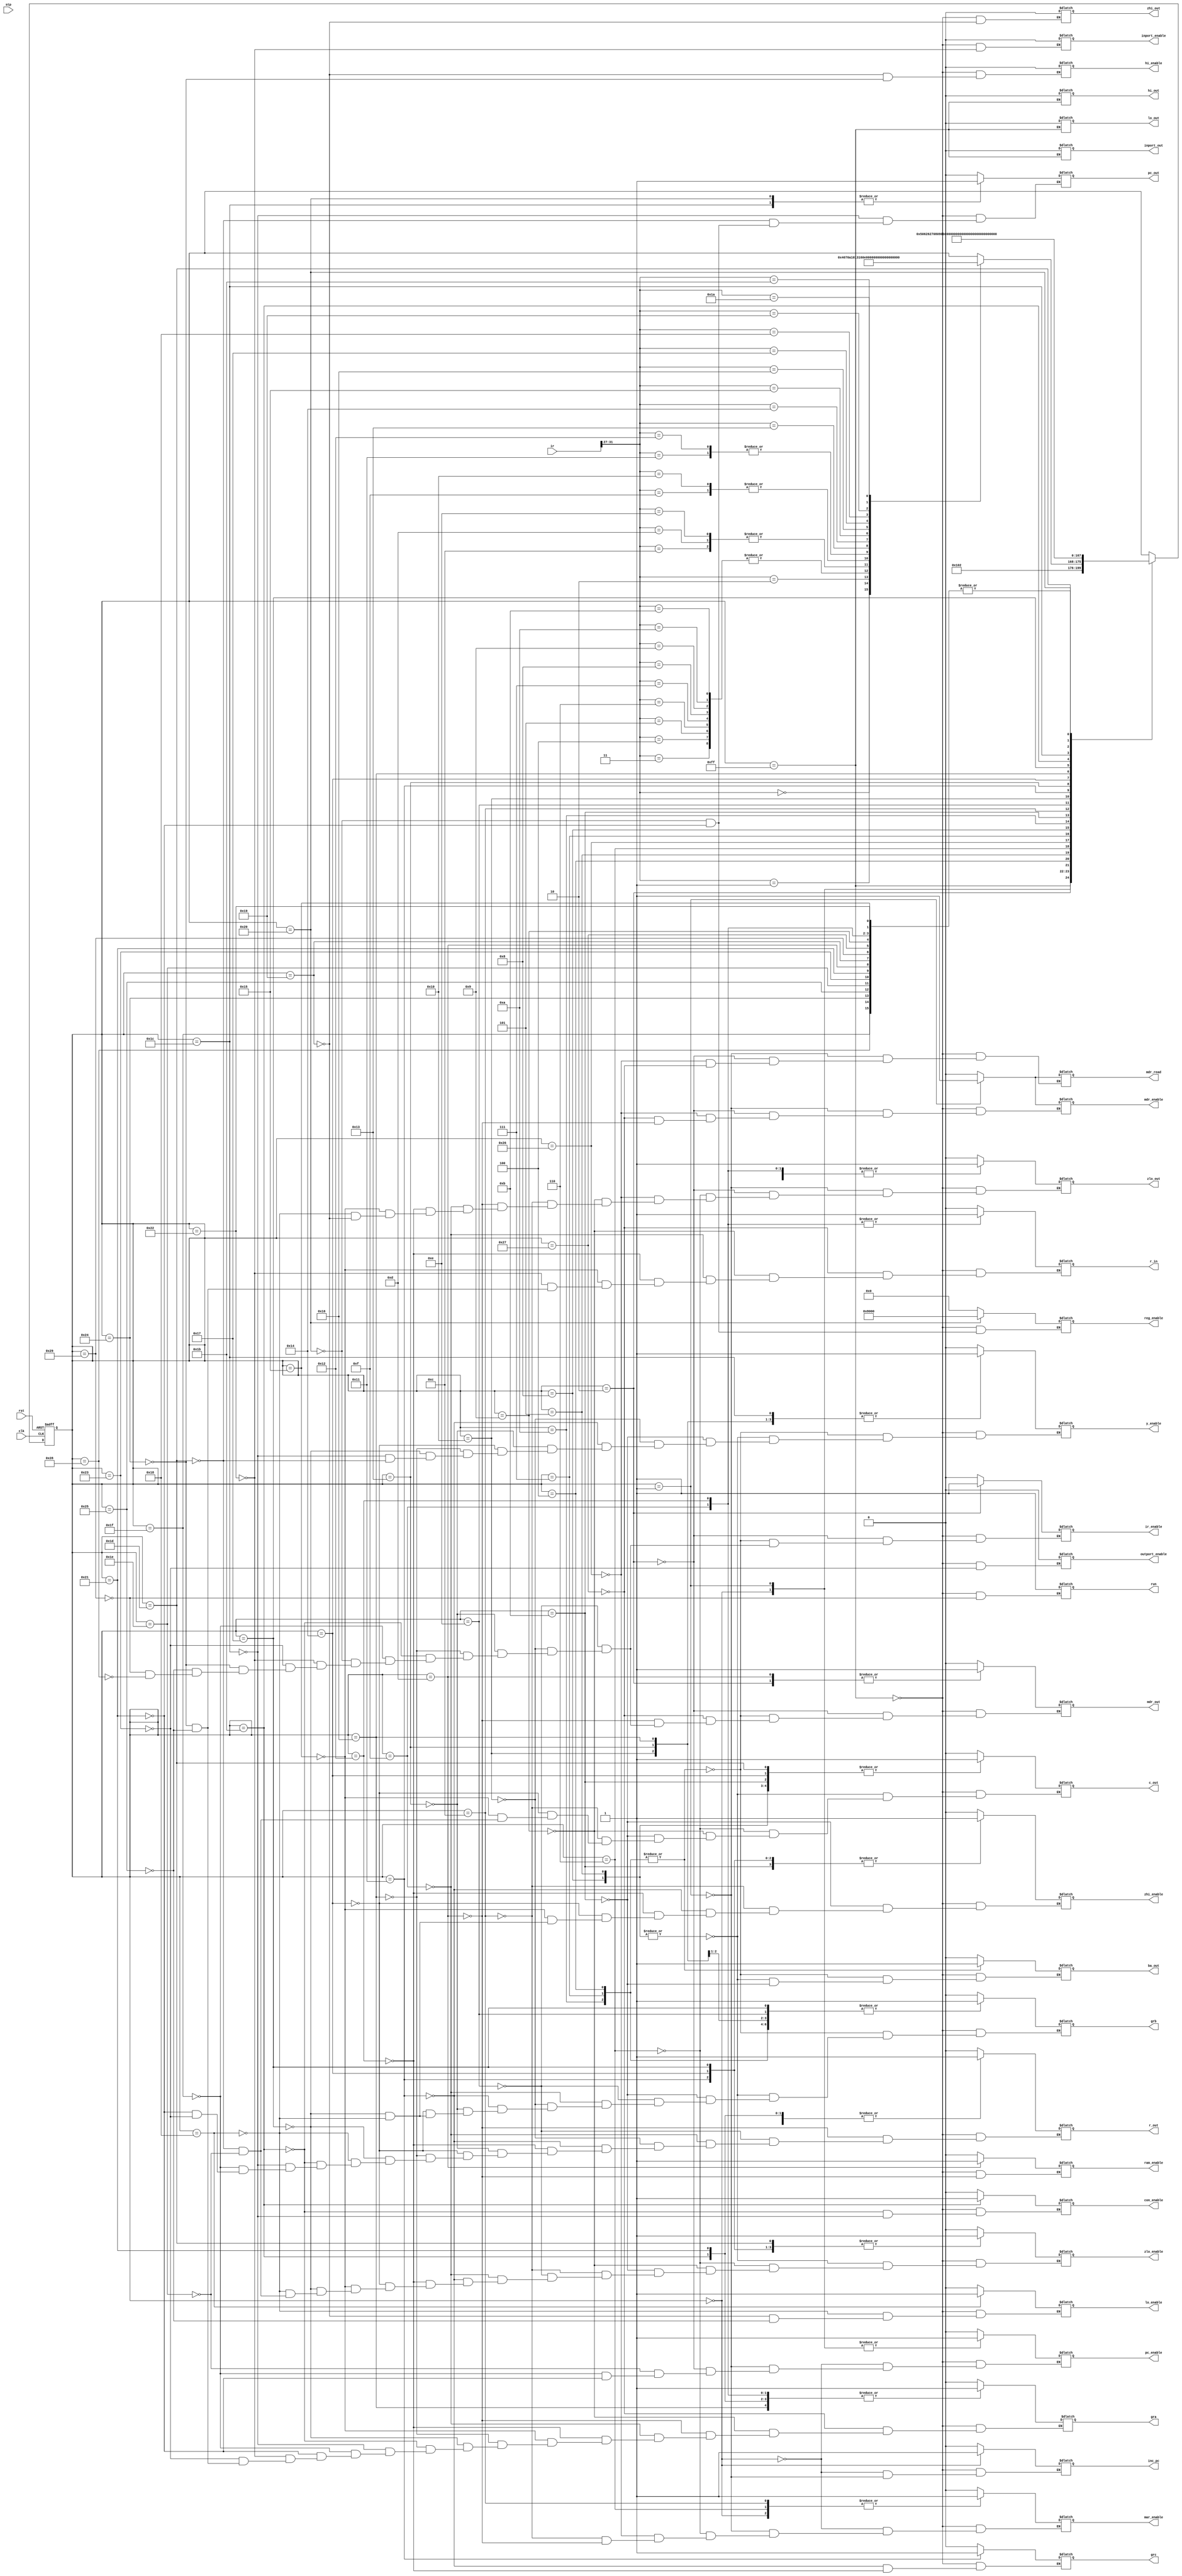
`timescale 1ns/10ps
module control_unit(output reg gra, grb, grc, r_in, r_out, y_enable, pc_enable,
							   mar_enable, mdr_enable, mdr_out, ir_enable, mdr_read,
							   hi_enable, lo_enable, zhi_enable, zlo_enable, inc_pc, con_enable,
							   ram_enable, inport_enable, outport_enable, inport_out, pc_out,
							   zlo_out, zhi_out, lo_out, hi_out, ba_out, c_out, run,
					output reg [15:0] reg_enable,
					input [31:0] ir,
					input clk, rst, stp);
					
	parameter r_s = 8'd255,
			  T0 = 8'd0, T1 = 8'd1, T2 = 8'd2, T3 = 8'd3,
			  load_T0 = 8'd4, load_T1 = 8'd5, load_T2 = 8'd6,  load_T3 = 8'd38,  load_T4 = 8'd39,
			  loadi_T0 = 8'd7, loadi_T1 = 8'd8, loadi_T2 = 8'd9, 
			  store_T0 = 8'd10, store_T1 = 8'd11, store_T2 = 8'd12, store_T3 = 8'd13, 
			  alu2_T0 = 8'd14, alu2_T1 = 8'd15, alu3_T0 = 8'd16, alu3_T1 = 8'd17, alu3_T2 = 8'd18,
			  imm_T0 = 8'd19, imm_T1 = 8'd20, imm_T2 = 8'd21,
			  md_T0 = 8'd22, md_T1 = 8'd23, md_T2 = 8'd24, md_T3 = 8'd25, //md_T4 = 8'd26,
			  branch_T0 = 8'd27, branch_T1 = 8'd28, branch_T2 = 8'd29, branch_T3 = 8'd30,
			  jump_T0 = 8'd31, jal_T0 = 8'd32, jal_T1 = 8'd33, in_T0 = 8'd34, out_T0 = 8'd35,
			  mfhi_T0 = 8'd36, mflo_T0 = 8'd37, nop_T0 = 32'd40, halt_T0 = 32'd41;
			  
	

	reg [7:0] state = r_s;
	always@(posedge clk, posedge rst)
	begin
		if (rst)
			state = r_s;
		else 
		begin
			case(state)
				r_s 	: #40 state = T0;
				T0 		: #40 state = T1;
				T1 		: #40 state = T2;
				T2		: begin
							case(ir[31:27])
							
								//Simulating ALU Control Sequence
								5'b00000 : #40 state = load_T0; 	//LOAD
								5'b00001 : #40 state = loadi_T0; 	//LOAD IMMEDIATE
								5'b00010 : #40 state = store_T0; 	//STORE
								5'b00011 : #40 state = alu3_T0;		//ADD
								5'b00100 : #40 state = alu3_T0;		//SUB
								5'b00101 : #40 state = alu3_T0;		//AND
								5'b00110 : #40 state = alu3_T0;		//OR
								5'b00111 : #40 state = alu3_T0;		//SHIFT RIGHT
								5'b01000 : #40 state = alu3_T0;		//SHIFT RIGHT ARITHMETIC
								5'b01001 : #40 state = alu3_T0;		//SHIFT LEFT
								5'b01010 : #40 state = alu3_T0;		//ROTATE RIGHT
								5'b01011 : #40 state = alu3_T0;		//ROTATE LEFT
								5'b01100 : #40 state = imm_T0;		//ADD IMMEDIATE
								5'b01101 : #40 state = imm_T0;		//AND IMMEDIATE
								5'b01110 : #40 state = imm_T0;		//OR IMMEDIATE
								5'b01111 : #40 state = md_T0;		//MULTIPLY
								5'b10000 : #40 state = md_T0;		//DIVIDE
								5'b10001 : #40 state = alu2_T0;		//NEGATE
								5'b10010 : #40 state = alu2_T0;		//NOT
								5'b10011 : #40 state = branch_T0;	//BRANCH
								5'b10100 : #40 state = jump_T0;		//JUMP
								5'b10101 : #40 state = jal_T0;		//JUMP AND LINK
								5'b10110 : #40 state = in_T0;		//INPORT
								5'b10111 : #40 state = out_T0;		//OUTPORT
								5'b11000 : #40 state = mfhi_T0;		//MOVE HIGH
								5'b11001 : #40 state = mflo_T0;		//MOVE LOW
								5'b11010 : #40 state = nop_T0;		//NO OPERATION
								5'b11011 : #40 state = halt_T0;		//HALT
							endcase
						end
		
				//Creating Testbench Control Simulations
				load_T0		: #40 state = load_T1;
				load_T1		: #40 state = load_T2;
				load_T2		: #40 state = load_T3;
				load_T3		: #40 state = load_T4;
				load_T4		: #40 state = r_s;
				
				loadi_T0	: #40 state = loadi_T1;
				loadi_T1	: #40 state = loadi_T2;
				loadi_T2	: #40 state = r_s;
				
				store_T0	: #40 state = store_T1;
				store_T1	: #40 state = store_T2;
				store_T2	: #40 state = store_T3;
				store_T3	: #40 state = r_s;
				
				alu2_T0		: #40 state = alu2_T1;	//Same instruction set for all 2 register operations
				alu2_T1		: #40 state = r_s;
				
				alu3_T0		: #40 state = alu3_T1;	//Same instruction set for all 3 register operations
				alu3_T1		: #40 state = alu3_T2;
				alu3_T2		: #40 state = r_s;
				
				imm_T0		: #40 state = imm_T1;	//Same instruction set for all immediate operations
				imm_T1		: #40 state = imm_T2;
				imm_T2		: #40 state = r_s;
				
				md_T0		: #40 state = md_T1;
				md_T1		: #40 state = md_T2;
				md_T3		: #40 state = r_s;
				
				branch_T0 	: #40 state = branch_T1;
				branch_T1	: #40 state = branch_T2;
				branch_T2	: #40 state = branch_T3;
				branch_T3	: #40 state = r_s;
				
				
				jump_T0		: #40 state = r_s;
				
				jal_T0		: #40 state = jal_T1;
				jal_T1		: #40 state = r_s;
				
				in_T0		: #40 state = r_s;
				
				out_T0		: #40 state = r_s;
				
				mfhi_T0		: #40 state = r_s;
				
				mflo_T0		: #40 state = r_s;
				
				halt_T0		: #40 state = r_s;
				
				nop_T0		: #40 state = r_s;
				
			endcase
		end
	end

	always@(state)
	begin
		case(state)
			
			//Creating Common Testbench Control Signals
			r_s			: begin
							run <= 1; reg_enable <= 0;
							pc_out <= 0; zlo_out <= 0; mdr_out <= 0; mar_enable <= 0; zhi_enable <= 0;
							zlo_enable <= 0; con_enable <= 0; inport_enable <= 0; outport_enable <= 0;
							pc_enable <= 0; mdr_enable <= 0; ir_enable <= 0; y_enable <= 0; inc_pc <= 0;
							ram_enable <= 0; gra <= 0; grb <= 0; grc <= 0; ba_out <= 0; c_out <= 0;
							inport_out <= 0; zhi_out <= 0; lo_out <= 0; hi_out <= 0; hi_enable <= 0;
							lo_enable <= 0; r_out <= 0; r_in <= 0; mdr_read <= 0;
						end
					
			T0			: begin
							pc_enable <= 1; mar_enable <= 1; inc_pc <= 1;
						end
					
			T1			: begin
							pc_enable <= 0; mar_enable <= 0; inc_pc <= 0;
							zlo_out <= 1; pc_enable <= 1; mdr_read <= 1; mdr_enable <= 1;
						end	
					
			T2			: begin
							zlo_out <= 0; pc_enable <= 0; mdr_read <= 0; mdr_enable <= 0;
							mdr_out <= 1; ir_enable <= 1;
						end	
			
			//Creating Specific Testbench Control Signals
			load_T0,
			loadi_T0,
			store_T0	: begin
							mdr_out <= 0; ir_enable <= 0;
							grb <= 1; ba_out <= 1; y_enable <= 1;
						end	
			load_T1,
			loadi_T1	: begin
							grb <= 0; ba_out <= 0; y_enable <= 0;
							c_out <= 1; zlo_enable <= 1;
						end	
			load_T2		: begin
							c_out <= 0; zlo_enable <= 0;
							zlo_out <= 1; mar_enable <= 1;
						end	
			load_T3		: begin
							zlo_out <= 0; mar_enable <= 0;
							mdr_read <= 1; mdr_enable <= 1;
							#40 mdr_read <= 0; mdr_enable <= 0;
						end	
			load_T4		: begin
							mdr_read <= 0; mdr_enable <= 0;
							mdr_out <= 1; gra <= 1; r_in <= 1;
							#40 mdr_out <= 0; gra <= 0; r_in <= 0;
						end	
			loadi_T2	: begin
							c_out <= 0; zlo_enable <= 0;
							zlo_out <= 1; gra <= 1; r_in = 1;
							#40 zlo_out <= 0; gra <= 0; r_in = 0;
						end
			store_T1	: begin
							grb <= 0; ba_out <= 0; y_enable <= 0;
							c_out <= 1; zhi_enable <= 1; zlo_enable <= 1;
						end
			store_T2	: begin
							c_out <= 0; zhi_enable <= 0; zlo_enable <= 0;
							zlo_out <= 1; mar_enable <= 1;
						end
			store_T3	: begin
							zlo_out <= 0; mar_enable <= 0;
							gra <= 1; r_out <= 1; mdr_enable <= 1;
							#40 gra <= 0; r_out <= 0; mdr_enable <= 0;
							mdr_out <= 1; ram_enable <= 1;
						end
			alu2_T0		: begin
							mdr_out <= 0; ir_enable <= 0;
							grb <= 1; r_out <= 1; zlo_enable <= 1;
						end
			alu2_T1		: begin
							grb <= 0; r_out <= 0; zlo_enable <= 0;
							zlo_out <= 1; gra <= 1; r_in <= 1;
						end
			alu3_T0		: begin
							mdr_out <= 0; ir_enable <= 0;
							grb <= 1; r_out <= 1; y_enable <= 1;
						end
			alu3_T1		: begin
							grb <= 0; r_out <= 0; y_enable <= 0;
							grc <= 1; r_out <= 1; zlo_enable <= 1; zhi_enable <= 1; 
						end
			alu3_T2		: begin
							grc <= 0; r_out <= 0; zlo_enable <= 0; zhi_enable <= 0;
							zlo_out <= 1; gra <= 1; r_in <= 1;
						end
			imm_T0		: begin
							mdr_out <= 0; ir_enable <= 0;
							grb <= 1; r_out <= 1; y_enable <= 1;
						end
			imm_T1		: begin
							grb <= 0; r_out <= 0; y_enable <= 0;
							c_out <= 1; zlo_enable <= 1; zhi_enable <= 1;
						end
			imm_T2		: begin
							c_out <= 0; zhi_enable <= 0; zlo_enable <= 0;
							zlo_out <= 1; gra <= 1; r_in = 1;
							#40 zlo_out <= 0; gra <= 0; r_in = 0;
						end
			md_T0		: begin
							mdr_out <= 0; ir_enable <= 0;
							gra <= 1; r_out <= 1; y_enable <= 1;
						end
			md_T1		: begin
							gra <= 0; r_out <= 0; y_enable <= 0;
							grb <= 1; r_out <= 1; zlo_enable <= 1; zhi_enable <= 1;
						end
			md_T2		: begin
							grb <= 0; r_out <= 0; zlo_enable <= 0; zhi_enable <= 0;
							zlo_out <= 1; lo_enable <= 1;
						end
			md_T3		: begin
							zlo_out <= 0; lo_enable <= 0;
							zhi_out <= 0; hi_enable <= 0;
						end
			branch_T0	: begin 	
							mdr_out <= 0; ir_enable <= 0;
							gra <= 1; r_out <= 1; con_enable <= 1;
						end
			branch_T1	: begin	
							gra <= 0; r_out <= 0; con_enable <= 0;
							#40 pc_out <= 1; y_enable <= 1;
						end
			branch_T2	: begin
							pc_out <= 0; y_enable <= 0;
							c_out <= 1; zlo_enable <= 1;
						end
			branch_T3	: begin
							c_out <= 0; zlo_enable <= 0;
							zlo_enable <= 1; pc_enable <= 1;
							#40 zlo_enable <= 0; pc_enable <= 0;
						end
			jump_T0		: begin 	
							mdr_out <= 0; ir_enable <= 0;
							gra <= 1; r_out <= 1; pc_enable <= 1;
							#40 gra <= 0; r_out <= 0; pc_enable <= 0;
						end
			jal_T0		: begin 	
							mdr_out <= 0; ir_enable <= 0;
							pc_out <= 1; reg_enable <= 16'h8000; 
						end
			jal_T1		: begin 	
							pc_out <= 0; reg_enable <= 16'h0;
							gra <= 1; r_out <= 1; pc_enable <= 1;
							#40 pc_enable <= 0;
						end
			in_T0		: begin 	
							mdr_out <= 0; ir_enable <= 0;
							gra <= 1; r_in <= 1; inport_enable <= 1;
							#40 gra <= 0; r_in <= 0; inport_enable <= 0;
						end
			out_T0		: begin 	
							mdr_out <= 0; ir_enable <= 0;
							gra <= 1; r_out <= 1; outport_enable <= 1;
							#40 gra <= 0; r_out <= 0; outport_enable <= 0;
						end
			mfhi_T0		: begin 	
							mdr_out <= 0; ir_enable <= 0;
							gra <= 1; r_in <= 1; hi_enable <= 1;
							#40 gra <= 0; r_in <= 0; hi_enable <= 0;
						end
			mflo_T0		: begin 	
							mdr_out <= 0; ir_enable <= 0;
							gra <= 1; r_in <= 1; lo_enable <= 1;
							#40 gra <= 0; r_in <= 0; lo_enable <= 0;
						end
			halt_T0		: begin 	
							mdr_out <= 0; ir_enable <= 0;
							run <= 1;
						end
			nop_T0		: begin 	
							mdr_out <= 0; ir_enable <= 0;
						end
		endcase
	end
endmodule